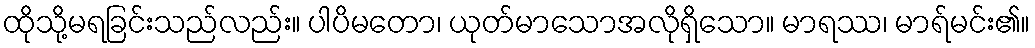
ထိုသို့မရခြင်းသည်လည်း။ ပါပိမတော၊ ယုတ်မာသောအလိုရှိသော။ မာရဿ၊ မာရ်မင်း၏။